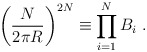
\begin{align*}\left({N \over2\pi R} \right)^{2 N} \equiv\prod_{i=1}^N B_i \ .\end{align*}